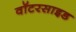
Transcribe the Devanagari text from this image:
वॉटरसाइड